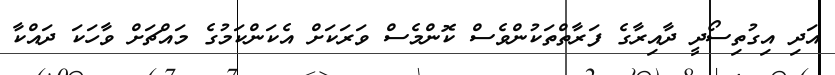
އަދި އިގުތިސޯދީ ދާއިރާގެ ފަރާތްތަކުންވެސް ކޮންމެސް ވަރަކަށް އެކަންކަމުގެ މައްޗަށް ވާހަކަ ދައްކާ